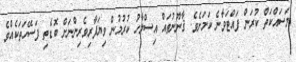
މަސައްކަތް ކުރަން ފައްޓަވާނެ ކަމަށެވެ. ޤާނޫނުތައް އިސްލާހު ކުރުމުން ވިޔަފާރިވެރިންނަށް ބޮޑެތި ފަސޭހަތަކެއްވެ